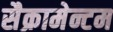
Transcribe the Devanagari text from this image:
सैक्रामेन्टम